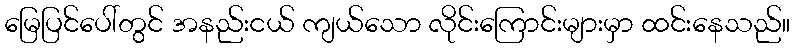
မြေပြင်ပေါ်တွင် အနည်းငယ် ကျယ်သော လိုင်းကြောင်းများမှာ ထင်းနေသည်။